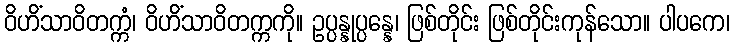
ဝိဟိံသာဝိတက္ကံ၊ ဝိဟိံသာဝိတက္ကကို။ ဥပ္ပန္နုပ္ပန္နေ၊ ဖြစ်တိုင်း ဖြစ်တိုင်းကုန်သော။ ပါပကေ၊